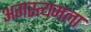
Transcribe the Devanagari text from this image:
अगस्त्यमला